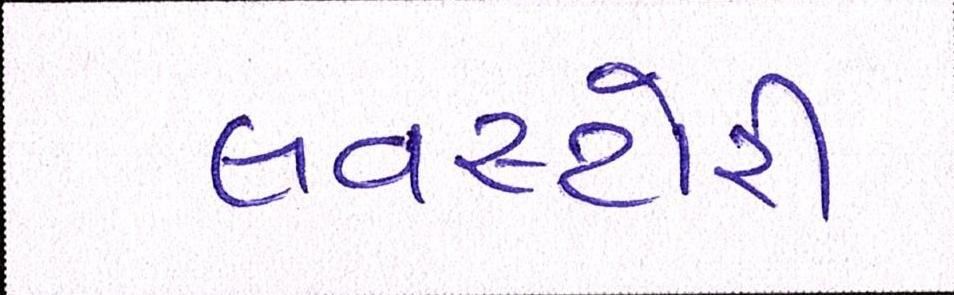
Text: લવસ્ટોરી